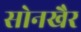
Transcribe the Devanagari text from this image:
सोनखैर